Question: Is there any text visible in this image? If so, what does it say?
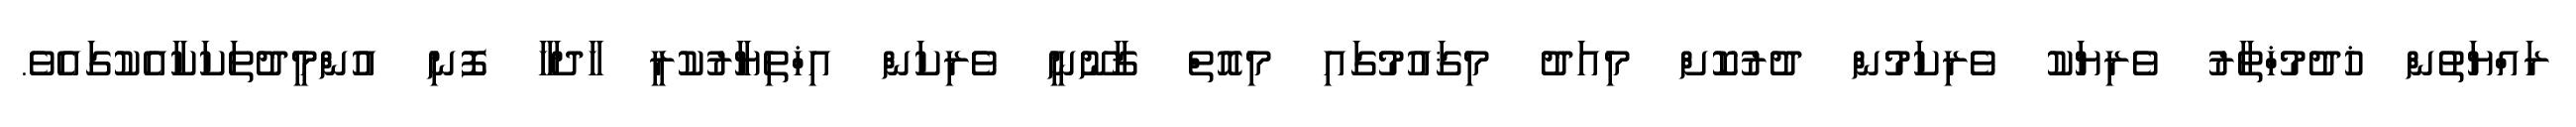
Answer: ރައްޔަތުން ޚުދުމުޚްތާރު ވެރިޔަކު ވެރިކަމުން ދުރުކޮށް މިއަދު މިޤައުމުގައި މިއޮތް ޤާނޫނީ ވެރިކަން އިޚްތިޔާރުކުރީ ހާދަހާ ފޮނި އުންމީދުތަކަކާއެކުގައެވެ.